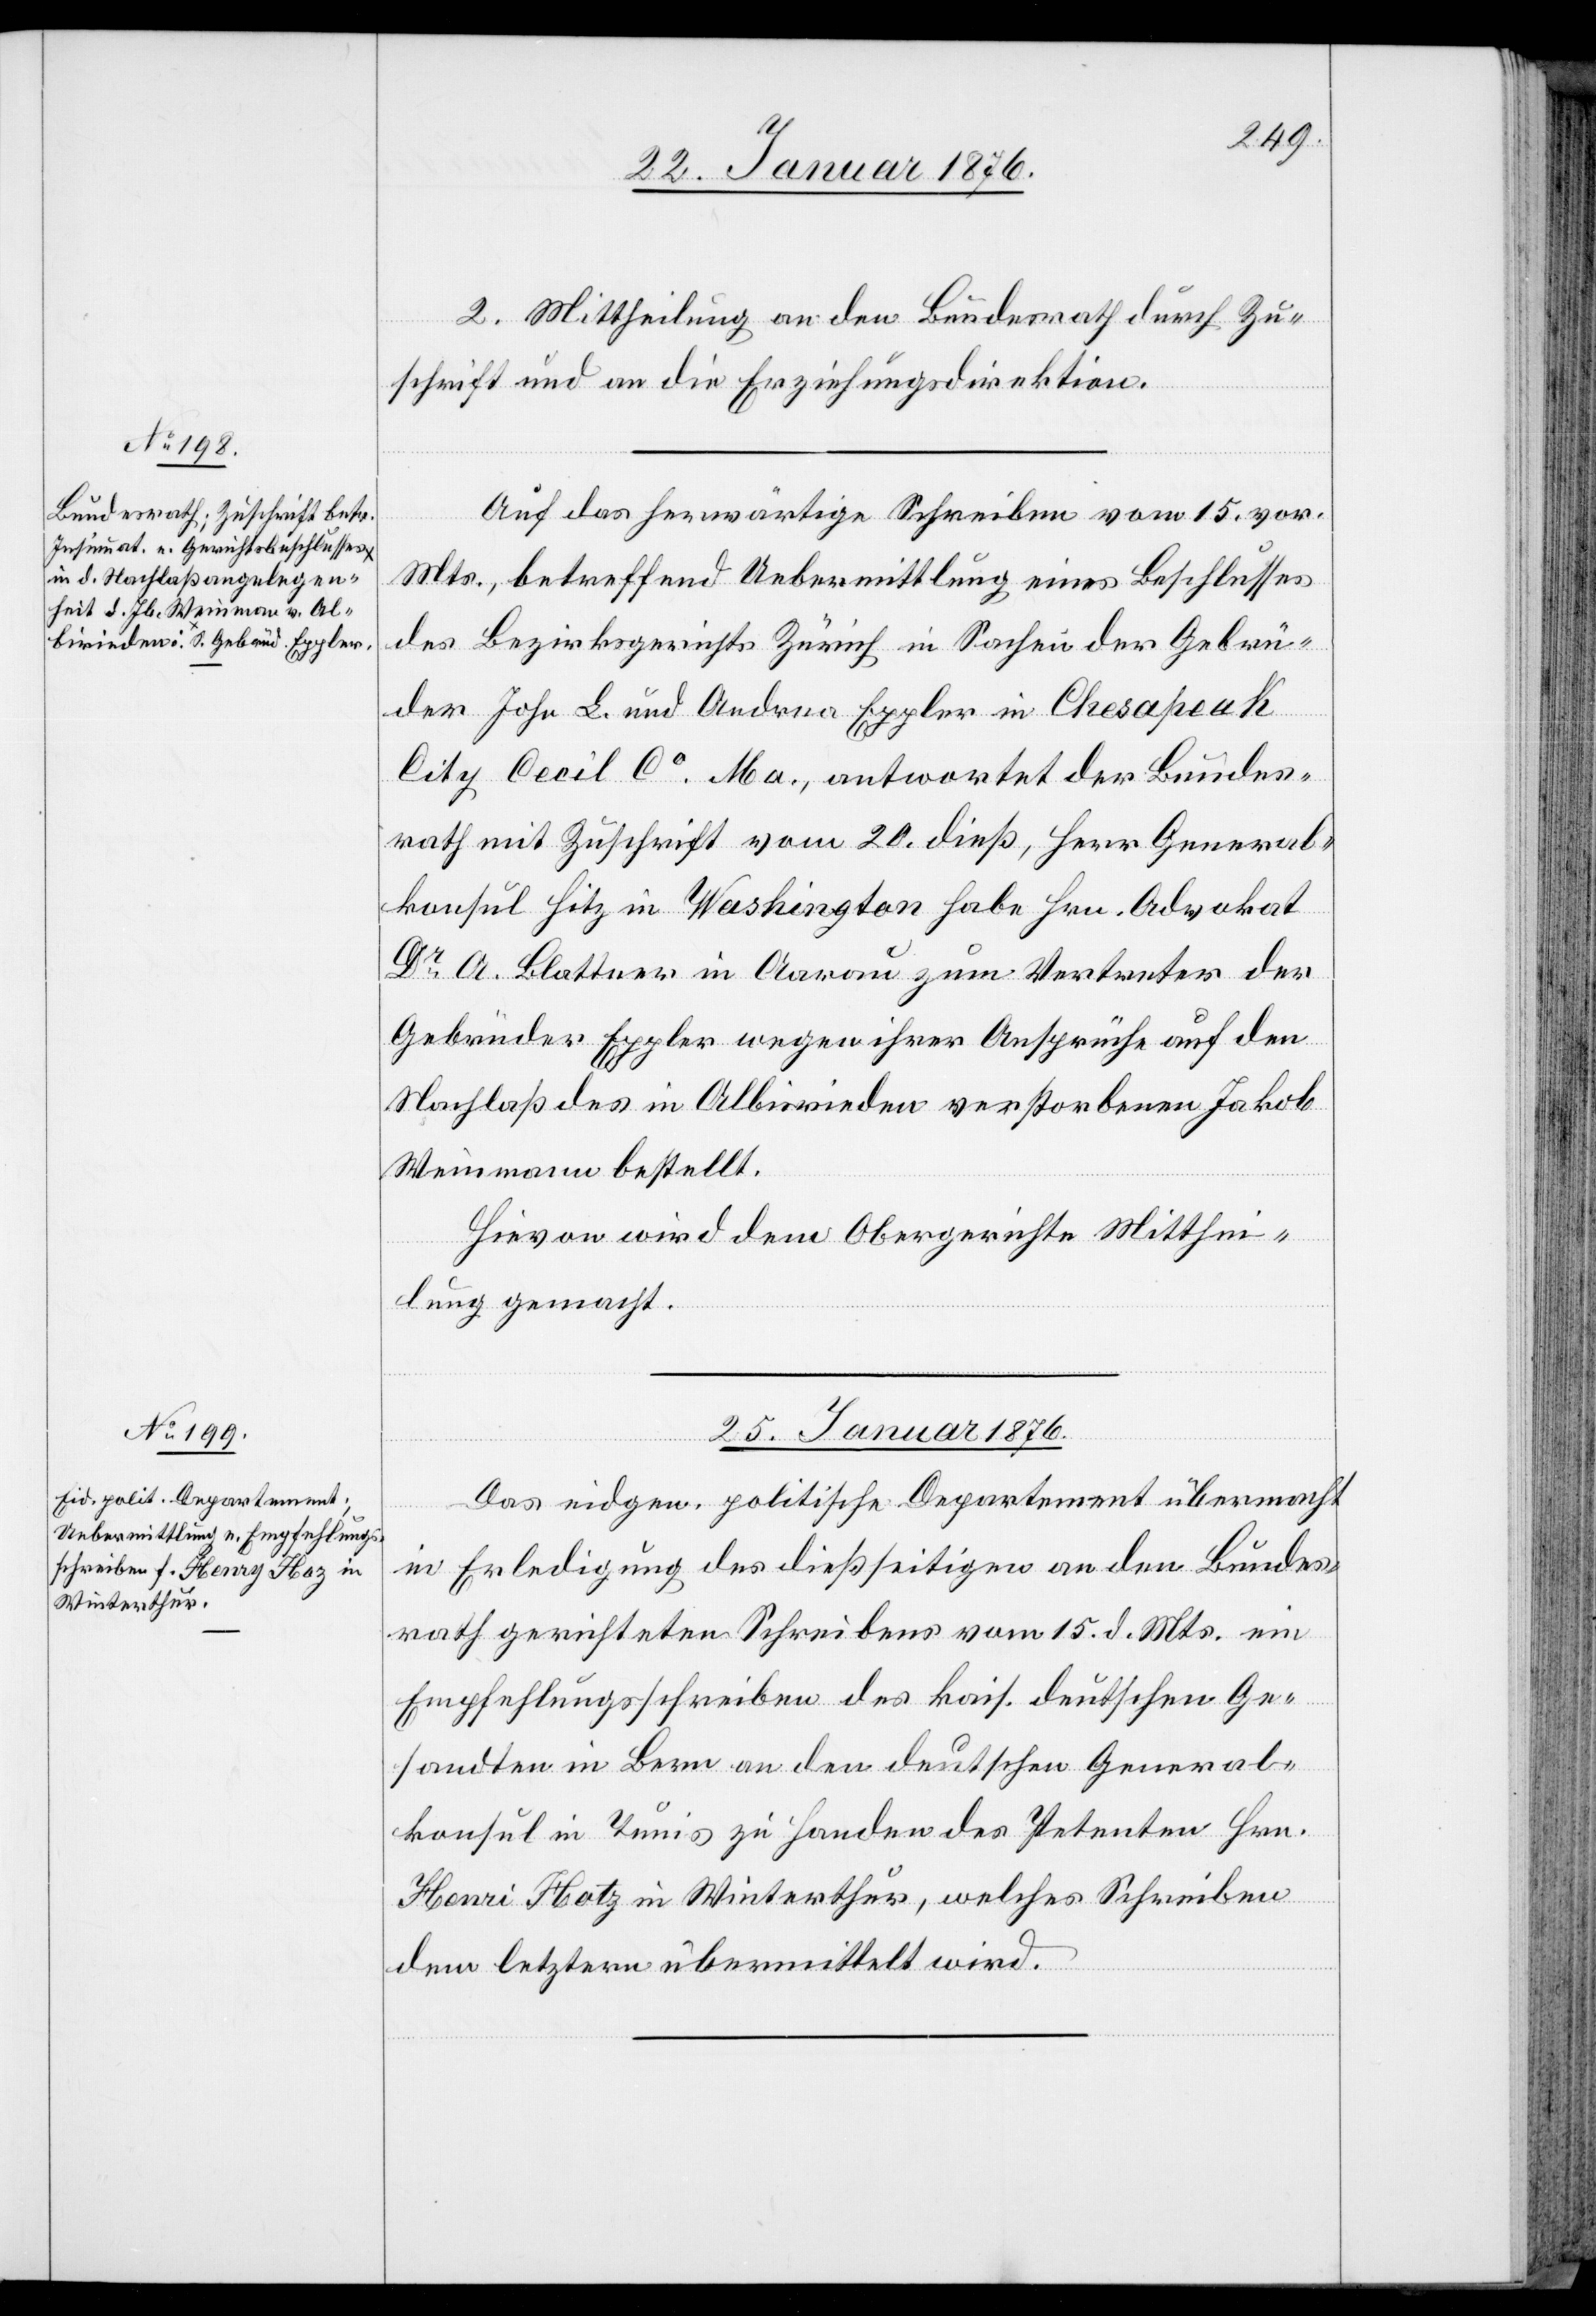
24. Januar 1876.]
2. Mittheilung an den Bundesrath durch Zu¬
schrift und an die Erziehungsdirektion.
Auf das herwärtige Schreiben vom 15. vor.
Mts., betreffend Uebermittlung eines Beschlusses
des Bezirksrath Zürich in Sachen der Gebrü¬
Henri
der Joh. L. und Andrea Eppler in Chesapeak
City Cecil Co. Ma., antwortet der Bundes¬
rath mit Zuschrift vom 20. dieß, Herr General¬
konsul Hitz in Washington habe Hrn. Advokat
Dr. A. Blattner in Aarau zum Vertreter der
Gebrüder Eppler wegen ihrer Ansprüche auf den
Nachlaß des in Albisrieden verstorbenen Jakob
Weinmann bestellt.
Hievon wird dem Obergerichte Mitthei¬
lung gemacht.
25. Januar 1876.
Das eidgen. politische Departement übermacht
in Erledigung des dießseitigen an den Bundes¬
rath gerichteten Schreibens vom 15. d. Mts. ein
Empfehlungsschreiben des kais. deutschen Ge¬
sandten in Bern an den deutschen General¬
konsul in Tunis zu Handen der Petenten Hrn.
Hotz [sic!] in Winterthur, welches Schreiben
den letztern übermittelt wird.